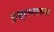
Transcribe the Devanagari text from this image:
कुन्नूरसारख्या